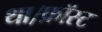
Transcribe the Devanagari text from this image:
था।फ्रॉस्ट